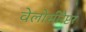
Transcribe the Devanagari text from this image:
वेलोसीरैप्टर